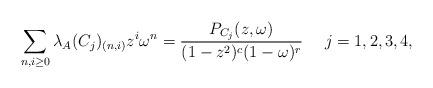
LaTeX: \begin{align*}\sum_{n,i\geq 0}\lambda_A(C_j)_{(n,i)}z^i\omega^n= \frac{P_{C_j}(z,\omega)}{(1-z^2)^c(1-\omega)^r}~~ ~~ j=1,2,3,4,\end{align*}